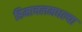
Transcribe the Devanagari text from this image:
हिमाचलमधल्या